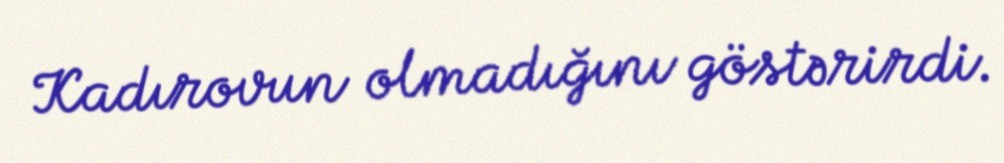
Kadırovun olmadığını göstərirdi.